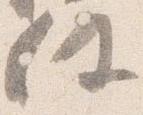
任